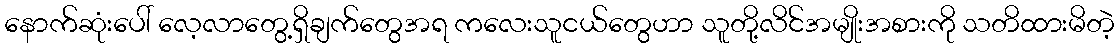
နောက်ဆုံးပေါ် လေ့လာတွေ့ရှိချက်တွေအရ ကလေးသူငယ်တွေဟာ သူတို့လိင်အမျိုးအစားကို သတိထားမိတဲ့